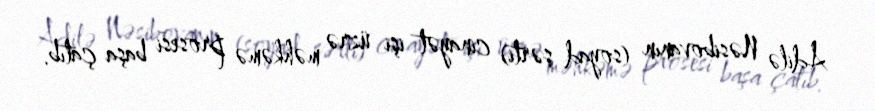
Adilə Nəsibovanın (soyad şərti) cinayət işi üzrə məhkəmə prosesi başa çatıb.